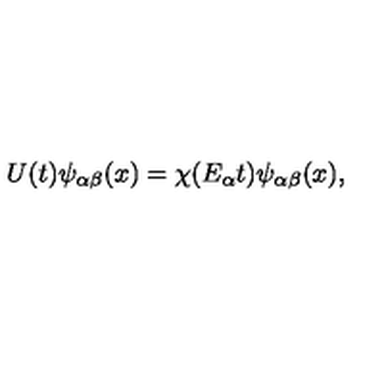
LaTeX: U ( t ) \psi _ { \alpha \beta } ( x ) = \chi ( E _ { \alpha } t ) \psi _ { \alpha \beta } ( x ) ,